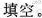
填空。